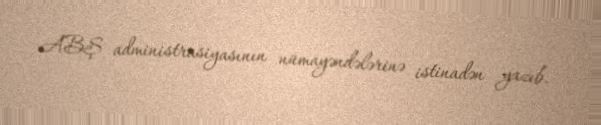
ABŞ administrasiyasının nümayəndələrinə istinadən yazıb.